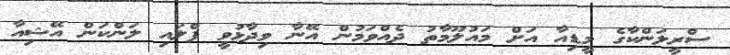
ސްރީލަންކާގެ މީޑިއާ އަށް މައުލޫމާތު ދެއްވަމުން އޭނާ ވިދާޅުވީ ފްލައި ލަންކަން އޭޝިއާ